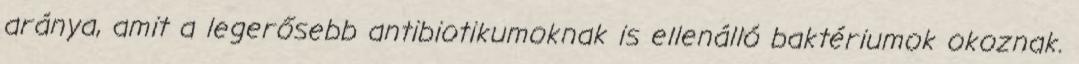
aránya, amit a legerősebb antibiotikumoknak is ellenálló baktériumok okoznak.